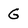
Character: G